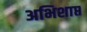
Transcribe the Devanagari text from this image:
अभिशाप्त